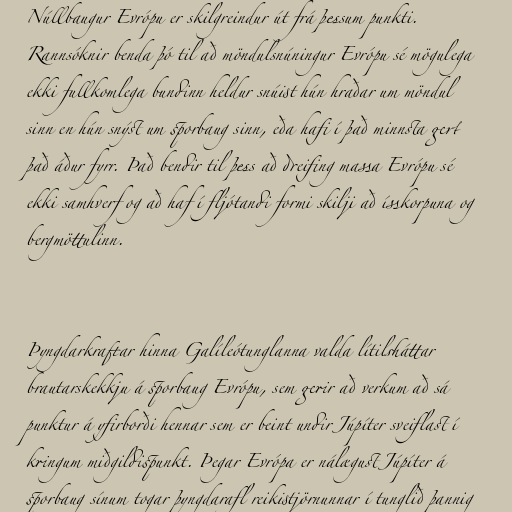
Núllbaugur Evrópu er skilgreindur út frá þessum punkti.
Rannsóknir benda þó til að möndulsnúningur Evrópu sé mögulega
ekki fullkomlega bundinn heldur snúist hún hraðar um möndul
sinn en hún snýst um sporbaug sinn, eða hafi í það minnsta gert
það áður fyrr. Það bendir til þess að dreifing massa Evrópu sé
ekki samhverf og að haf í fljótandi formi skilji að ísskorpuna og
bergmöttulinn.

Þyngdarkraftar hinna Galíleótunglanna valda lítilsháttar
brautarskekkju á sporbaug Evrópu, sem gerir að verkum að sá
punktur á yfirborði hennar sem er beint undir Júpíter sveiflast í
kringum miðgildispunkt. Þegar Evrópa er nálægust Júpíter á
sporbaug sínum togar þyngdarafl reikistjörnunnar í tunglið þannig